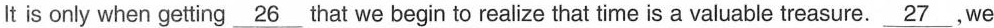
It is only when getting \underline{26} that we begin to realize that time is a valuable treasure.\underline{27},we